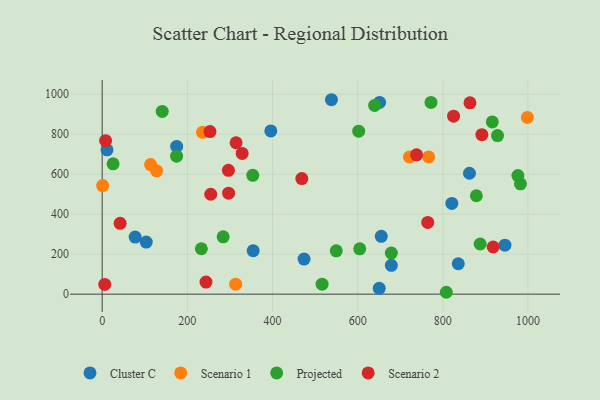
{"axis": {"x": "Investment", "y": "Fuel Efficiency"}, "legend": ["Cluster C", "Projected", "Scenario 1", "Scenario 2"], "data": [{"x": "655.5", "y": 288.8, "type": "Cluster C"}, {"x": "821.2", "y": 453.4, "type": "Cluster C"}, {"x": "651.5", "y": 958.0, "type": "Cluster C"}, {"x": "538.5", "y": 971.6, "type": "Cluster C"}, {"x": "396.1", "y": 815.8, "type": "Cluster C"}, {"x": "945.9", "y": 245.0, "type": "Cluster C"}, {"x": "650.7", "y": 29.0, "type": "Cluster C"}, {"x": "474.1", "y": 175.2, "type": "Cluster C"}, {"x": "77.5", "y": 285.0, "type": "Cluster C"}, {"x": "862.6", "y": 604.3, "type": "Cluster C"}, {"x": "354.7", "y": 217.4, "type": "Cluster C"}, {"x": "103.5", "y": 260.1, "type": "Cluster C"}, {"x": "679.1", "y": 144.0, "type": "Cluster C"}, {"x": "11.4", "y": 721.4, "type": "Cluster C"}, {"x": "175.0", "y": 738.2, "type": "Cluster C"}, {"x": "836.3", "y": 151.9, "type": "Cluster C"}, {"x": "113.7", "y": 647.5, "type": "Scenario 1"}, {"x": "313.5", "y": 49.8, "type": "Scenario 1"}, {"x": "1.1", "y": 542.8, "type": "Scenario 1"}, {"x": "235.8", "y": 808.6, "type": "Scenario 1"}, {"x": "128.0", "y": 616.1, "type": "Scenario 1"}, {"x": "721.6", "y": 685.4, "type": "Scenario 1"}, {"x": "998.6", "y": 883.4, "type": "Scenario 1"}, {"x": "766.8", "y": 685.6, "type": "Scenario 1"}, {"x": "982.3", "y": 551.5, "type": "Projected"}, {"x": "549.8", "y": 216.6, "type": "Projected"}, {"x": "887.7", "y": 250.7, "type": "Projected"}, {"x": "25.7", "y": 651.2, "type": "Projected"}, {"x": "772.3", "y": 958.3, "type": "Projected"}, {"x": "928.5", "y": 792.4, "type": "Projected"}, {"x": "602.5", "y": 814.3, "type": "Projected"}, {"x": "174.8", "y": 689.4, "type": "Projected"}, {"x": "639.9", "y": 943.1, "type": "Projected"}, {"x": "516.5", "y": 50.1, "type": "Projected"}, {"x": "976.4", "y": 592.8, "type": "Projected"}, {"x": "878.8", "y": 491.8, "type": "Projected"}, {"x": "141.1", "y": 913.2, "type": "Projected"}, {"x": "679.1", "y": 205.5, "type": "Projected"}, {"x": "808.2", "y": 9.4, "type": "Projected"}, {"x": "284.2", "y": 286.4, "type": "Projected"}, {"x": "916.3", "y": 860.8, "type": "Projected"}, {"x": "353.7", "y": 594.0, "type": "Projected"}, {"x": "604.9", "y": 226.7, "type": "Projected"}, {"x": "233.0", "y": 226.9, "type": "Projected"}, {"x": "8.1", "y": 767.2, "type": "Scenario 2"}, {"x": "738.4", "y": 696.2, "type": "Scenario 2"}, {"x": "6.1", "y": 48.7, "type": "Scenario 2"}, {"x": "328.8", "y": 703.4, "type": "Scenario 2"}, {"x": "891.7", "y": 796.7, "type": "Scenario 2"}, {"x": "918.3", "y": 235.7, "type": "Scenario 2"}, {"x": "468.9", "y": 577.4, "type": "Scenario 2"}, {"x": "255.0", "y": 499.2, "type": "Scenario 2"}, {"x": "253.2", "y": 812.5, "type": "Scenario 2"}, {"x": "764.6", "y": 358.3, "type": "Scenario 2"}, {"x": "825.3", "y": 889.5, "type": "Scenario 2"}, {"x": "296.5", "y": 618.9, "type": "Scenario 2"}, {"x": "42.2", "y": 354.1, "type": "Scenario 2"}, {"x": "296.9", "y": 504.7, "type": "Scenario 2"}, {"x": "863.8", "y": 956.1, "type": "Scenario 2"}, {"x": "314.5", "y": 756.5, "type": "Scenario 2"}, {"x": "243.9", "y": 60.3, "type": "Scenario 2"}]}